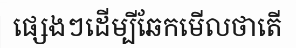
ផ្សេងៗដើម្បីឆែកមើលថាតើ